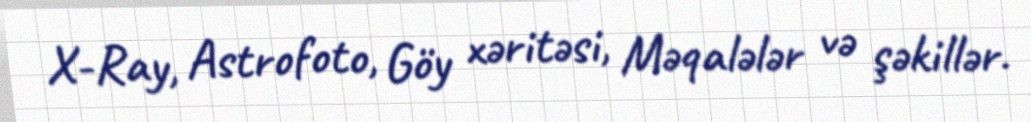
X-Ray, Astrofoto, Göy xəritəsi, Məqalələr və şəkillər.